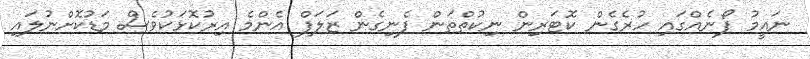
ނައީމު ފޯނެއްގައި ހުރެގެން ކޮޓަރިން ނިކުތްތަން ފެނިގެން ޒަލަފް އެންމެ އިރުކޮޅަކުވެސް މަޑުކޮށްނުލައި